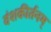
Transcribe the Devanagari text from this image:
वंशकीर्तनम्